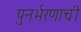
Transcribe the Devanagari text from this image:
पुनर्भरणाची